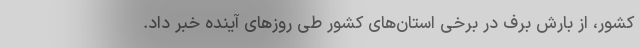
کشور، از بارش برف در برخی استان‌های کشور طی روزهای آینده خبر داد.